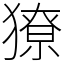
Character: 獠